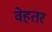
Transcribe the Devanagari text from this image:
वेहतर